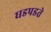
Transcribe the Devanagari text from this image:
धडपडते